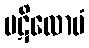
ပဋိလောမံ